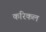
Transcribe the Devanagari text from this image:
करिकल